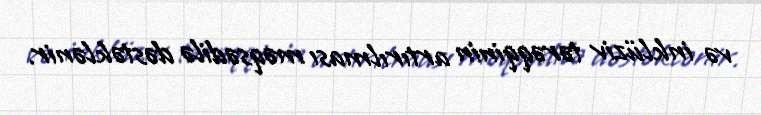
və inklüziv tərəqqinin artırılması məqsədilə dəstəklənir.